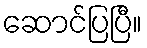
ဆောင်ပြပြီ။